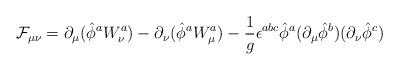
LaTeX: \begin{align*}{\cal F}_{\mu \nu} = \partial_{\mu} (\hat{\phi} ^a W_{\nu}^a) -\partial_{\nu} (\hat{\phi} ^a W_{\mu}^a) - {1 \over g} \epsilon^{abc}\hat{\phi} ^a (\partial_{\mu} \hat{\phi} ^b) (\partial_{\nu} \hat{\phi} ^c)\end{align*}